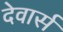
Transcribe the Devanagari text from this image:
देवार्स